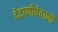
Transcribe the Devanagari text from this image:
देवाणीघेवाणी